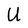
Character: U